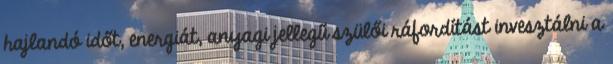
hajlandó időt, energiát, anyagi jellegű szülői ráfordítást invesztálni a